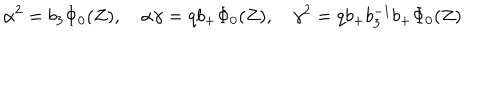
LaTeX: \alpha ^ { 2 } = b _ { 3 } \Phi _ { 0 } ( Z ) , \quad \alpha \gamma = q b _ { + } \Phi _ { 0 } ( Z ) , \quad \gamma ^ { 2 } = q b _ { + } b _ { 3 } ^ { - 1 } b _ { + } \Phi _ { 0 } ( Z )